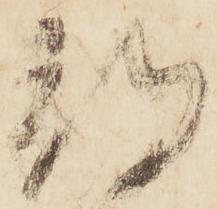
期